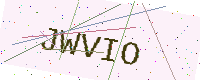
Text: JWVIO